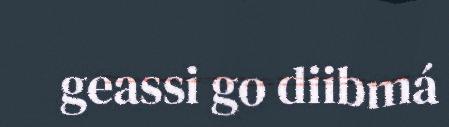
geassi go diibmá